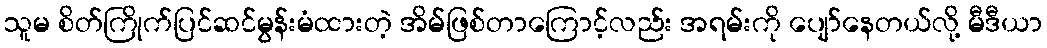
သူမ စိတ်ကြိုက်ပြင်ဆင်မွန်းမံထားတဲ့ အိမ်ဖြစ်တာကြောင့်လည်း အရမ်းကို ပျော်နေတယ်လို့ မီဒီယာ